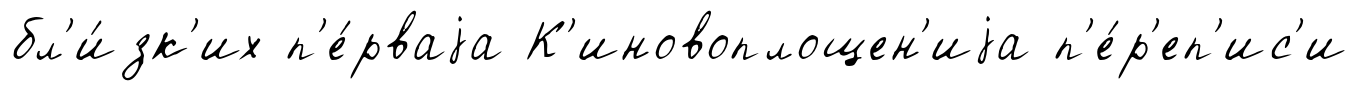
бл'и́зк'их п'е́рваjа К'иновоплощен'иjа п'е́р'еп'ис'и